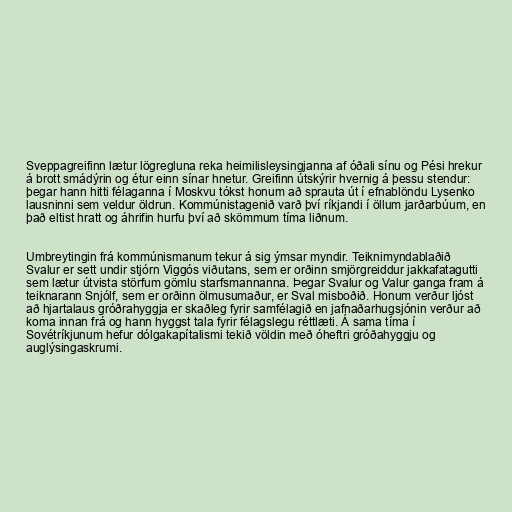
Sveppagreifinn lætur lögregluna reka heimilisleysingjanna af óðali sínu og Pési hrekur
á brott smádýrin og étur einn sínar hnetur. Greifinn útskýrir hvernig á þessu stendur:
þegar hann hitti félaganna í Moskvu tókst honum að sprauta út í efnablöndu Lysenko
lausninni sem veldur öldrun. Kommúnistagenið varð því ríkjandi í öllum jarðarbúum, en
það eltist hratt og áhrifin hurfu því að skömmum tíma liðnum.

Umbreytingin frá kommúnismanum tekur á sig ýmsar myndir. Teiknimyndablaðið
Svalur er sett undir stjórn Viggós viðutans, sem er orðinn smjörgreiddur jakkafatagutti
sem lætur útvista störfum gömlu starfsmannanna. Þegar Svalur og Valur ganga fram á
teiknarann Snjólf, sem er orðinn ölmusumaður, er Sval misboðið. Honum verður ljóst
að hjartalaus gróðrahyggja er skaðleg fyrir samfélagið en jafnaðarhugsjónin verður að
koma innan frá og hann hyggst tala fyrir félagslegu réttlæti. Á sama tíma í
Sovétríkjunum hefur dólgakapítalismi tekið völdin með óheftri gróðahyggju og
auglýsingaskrumi.